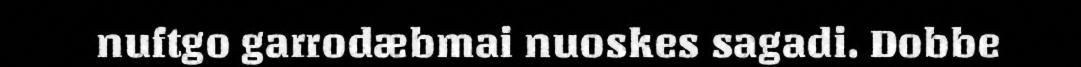
nuftgo garrodæbmai nuoskes sagadi. Dobbe